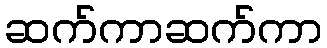
ဆက်ကာဆက်ကာ